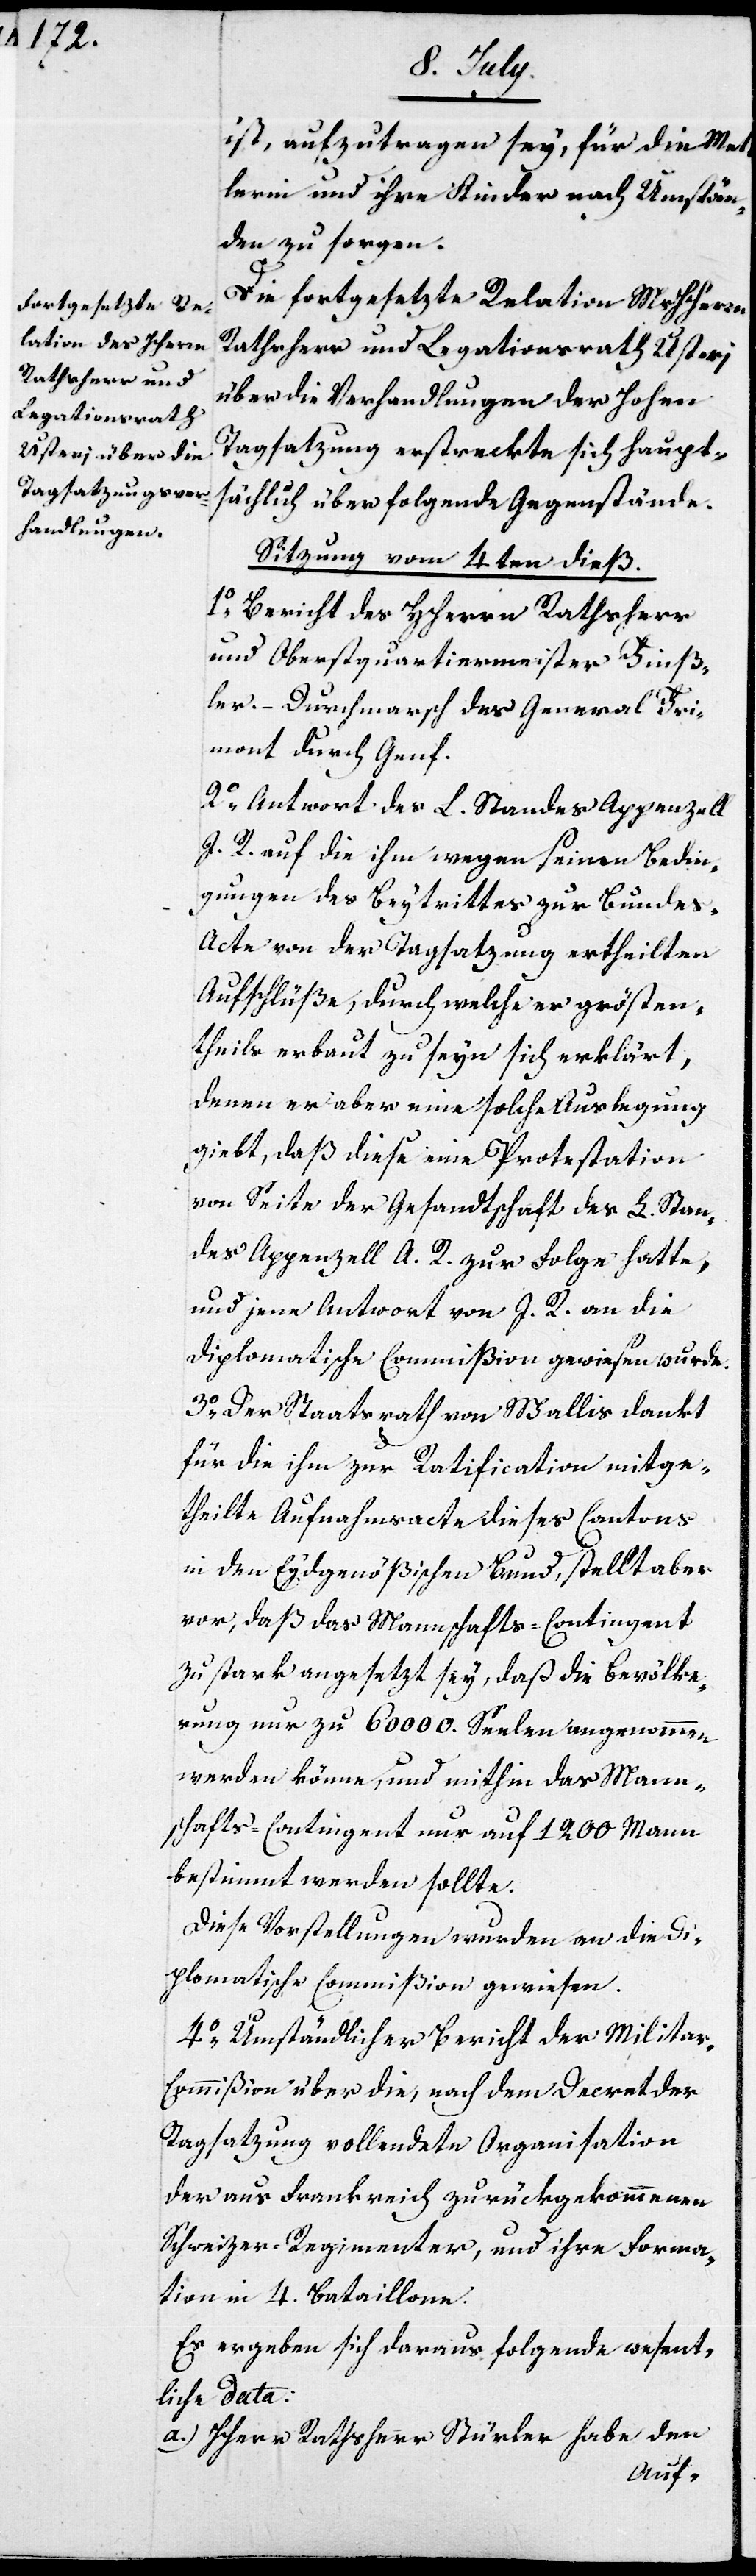
ist, aufzutragen sey, für die Mett¬
lerin und ihre Kinder nach Umstän¬
den zu sorgen.
Die fortgesetzte Relation MHHerrn
Rathsherr und Legationsrath Usteri
über die Verhandlungen der Hohen
Tagsatzung erstreckten sich haupt¬
sächlich über folgende Gegenstände.
Sitzung vom 4ten dieß.
1. Bericht des HHerrn Rathsherrn
und Oberstquartiermeisters Fins¬
ler. – Durchmarsch des General Fri¬
mont durch Genf.
2. Antwort des L. Standes Appenzell
I. R. auf die ihm wegen seinen Bedin¬
gungen des Beytrittes zur Bundes-A¬
cte von der Tagsatzung ertheilten
Aufschlüße, durch welche er größten¬
theils erbaut zu seyn sich erklärt,
denen er aber eine solche Auslegung
giebt, daß diese eine Protestation
von Seite der Gesandtschaft des L. Stan¬
des Appenzell A. R. zur Folge hatte,
und jene Antwort von I. R. an die
Diplomatische Commißion gewiesen wurde.
3. Der Staatsrath von Wallis dankt
für die ihm zur Ratification mitge¬
theilte Aufnahmsacte dieses Cantons
in den Eydgenößischen Bund, stellt aber
vor, daß das Mannschafts-Contingent
zu stark angesetzt sey, daß die Bevölke¬
rung nur zu 60000. Seelen angenommen
werden könne, und mithin das Mann¬
schafts-Contingent nur auf 1200. Mann
bestimmt werden sollte.
Diese Vorstellungen wurden an die Di¬
plomatische Commißion gewiesen.
4. Umständlicher Bericht der Milita¬
r-Commißion über die, nach dem Decret der
Tagsatzung vollendete Organisation
der aus Frankreich zurückgekommenen
Schweizer-Regimenter, und ihre Forma¬
tion in 4. Bataillone.
Es ergeben sich daraus folgende wesent¬
liche Data:
a.) HHerr Rathsherr Stürler habe den